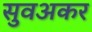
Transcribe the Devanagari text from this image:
सुवअकर